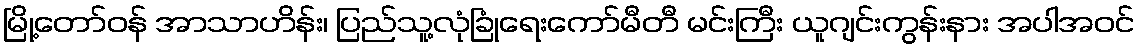
မြို့တော်ဝန် အာသာဟိန်း၊ ပြည်သူ့လုံခြုံရေးကော်မီတီ မင်းကြီး ယူဂျင်းကွန်းနား အပါအဝင်